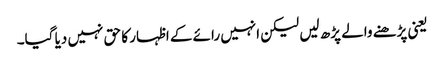
یعنی پڑھنے والے پڑھ لیں لیکن انہیں رائے کے اظہار کا حق نہیں دیا گیا۔